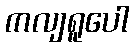
ကလျရူပေါ